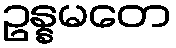
ဥန္နမတေ